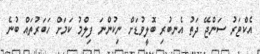
އެކްޓަރު ސަންޖޭ ދަތު އެނބުރި ބޮލީވުޑަށް ނިކުންނަ ފިލްމު ކަމަށް ހަބަރުތައް ބުނެ